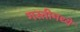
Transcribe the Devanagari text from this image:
गस्तीमध्ये